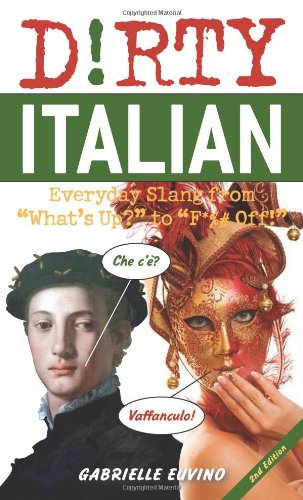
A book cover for Dirty Italian: Everyday Slang from "What's Up?" to "F*%# Off!" (Dirty Everyday Slang); Gabrielle Euvino; Reference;